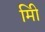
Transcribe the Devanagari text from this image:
मिी